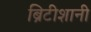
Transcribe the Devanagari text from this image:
ब्रिटीशानी